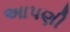
અાપણી